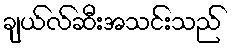
ချယ်လ်ဆီးအသင်းသည်